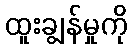
ထူးချွန်မှုကို